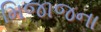
મિજાજના